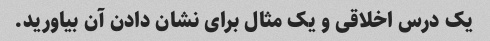
یک درس اخلاقی و یک مثال برای نشان دادن آن بیاورید.